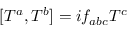
[ T ^ { a } , T ^ { b } ] = i f _ { a b c } T ^ { c }